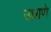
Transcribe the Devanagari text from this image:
उधाणे